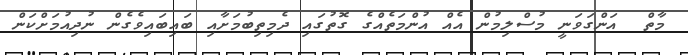
މާތް  އަންގަވަނީ މުސްލިމުން އެއް އުންމަތެއްގެ ގޮތުގައި ދެމިތިބުމަށާއި ބައިބައިވެގެން ނުދިއުމަށްކަން